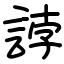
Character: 誖